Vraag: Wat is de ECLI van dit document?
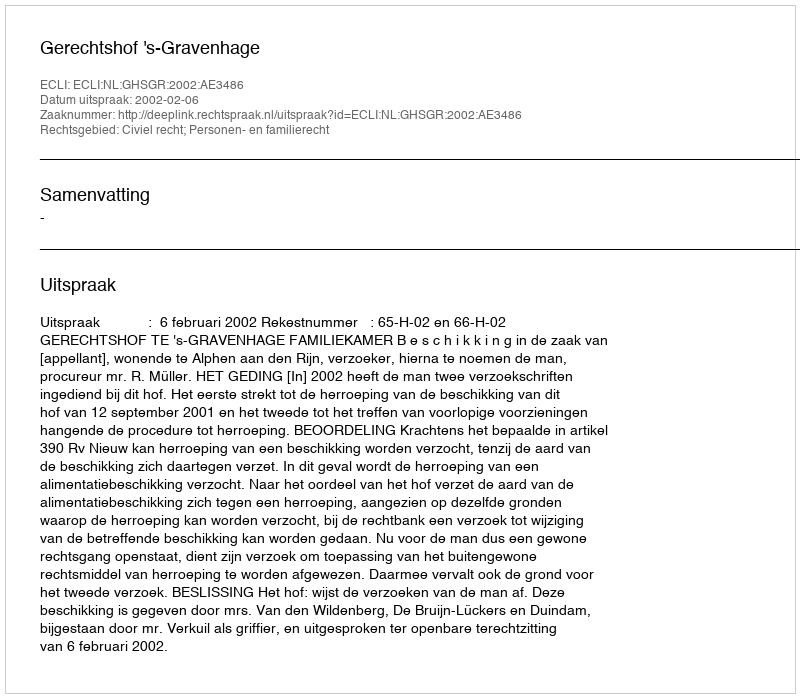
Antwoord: ECLI:NL:GHSGR:2002:AE3486